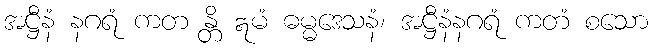
အဋ္ဌီနံ နဂရံ ကတ န္တိ ဣမံ ဓမ္မဒေသနံ၊ အဋ္ဌီနံနဂရံ ကတံ စသော